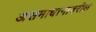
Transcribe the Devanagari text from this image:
असमाधानावरील